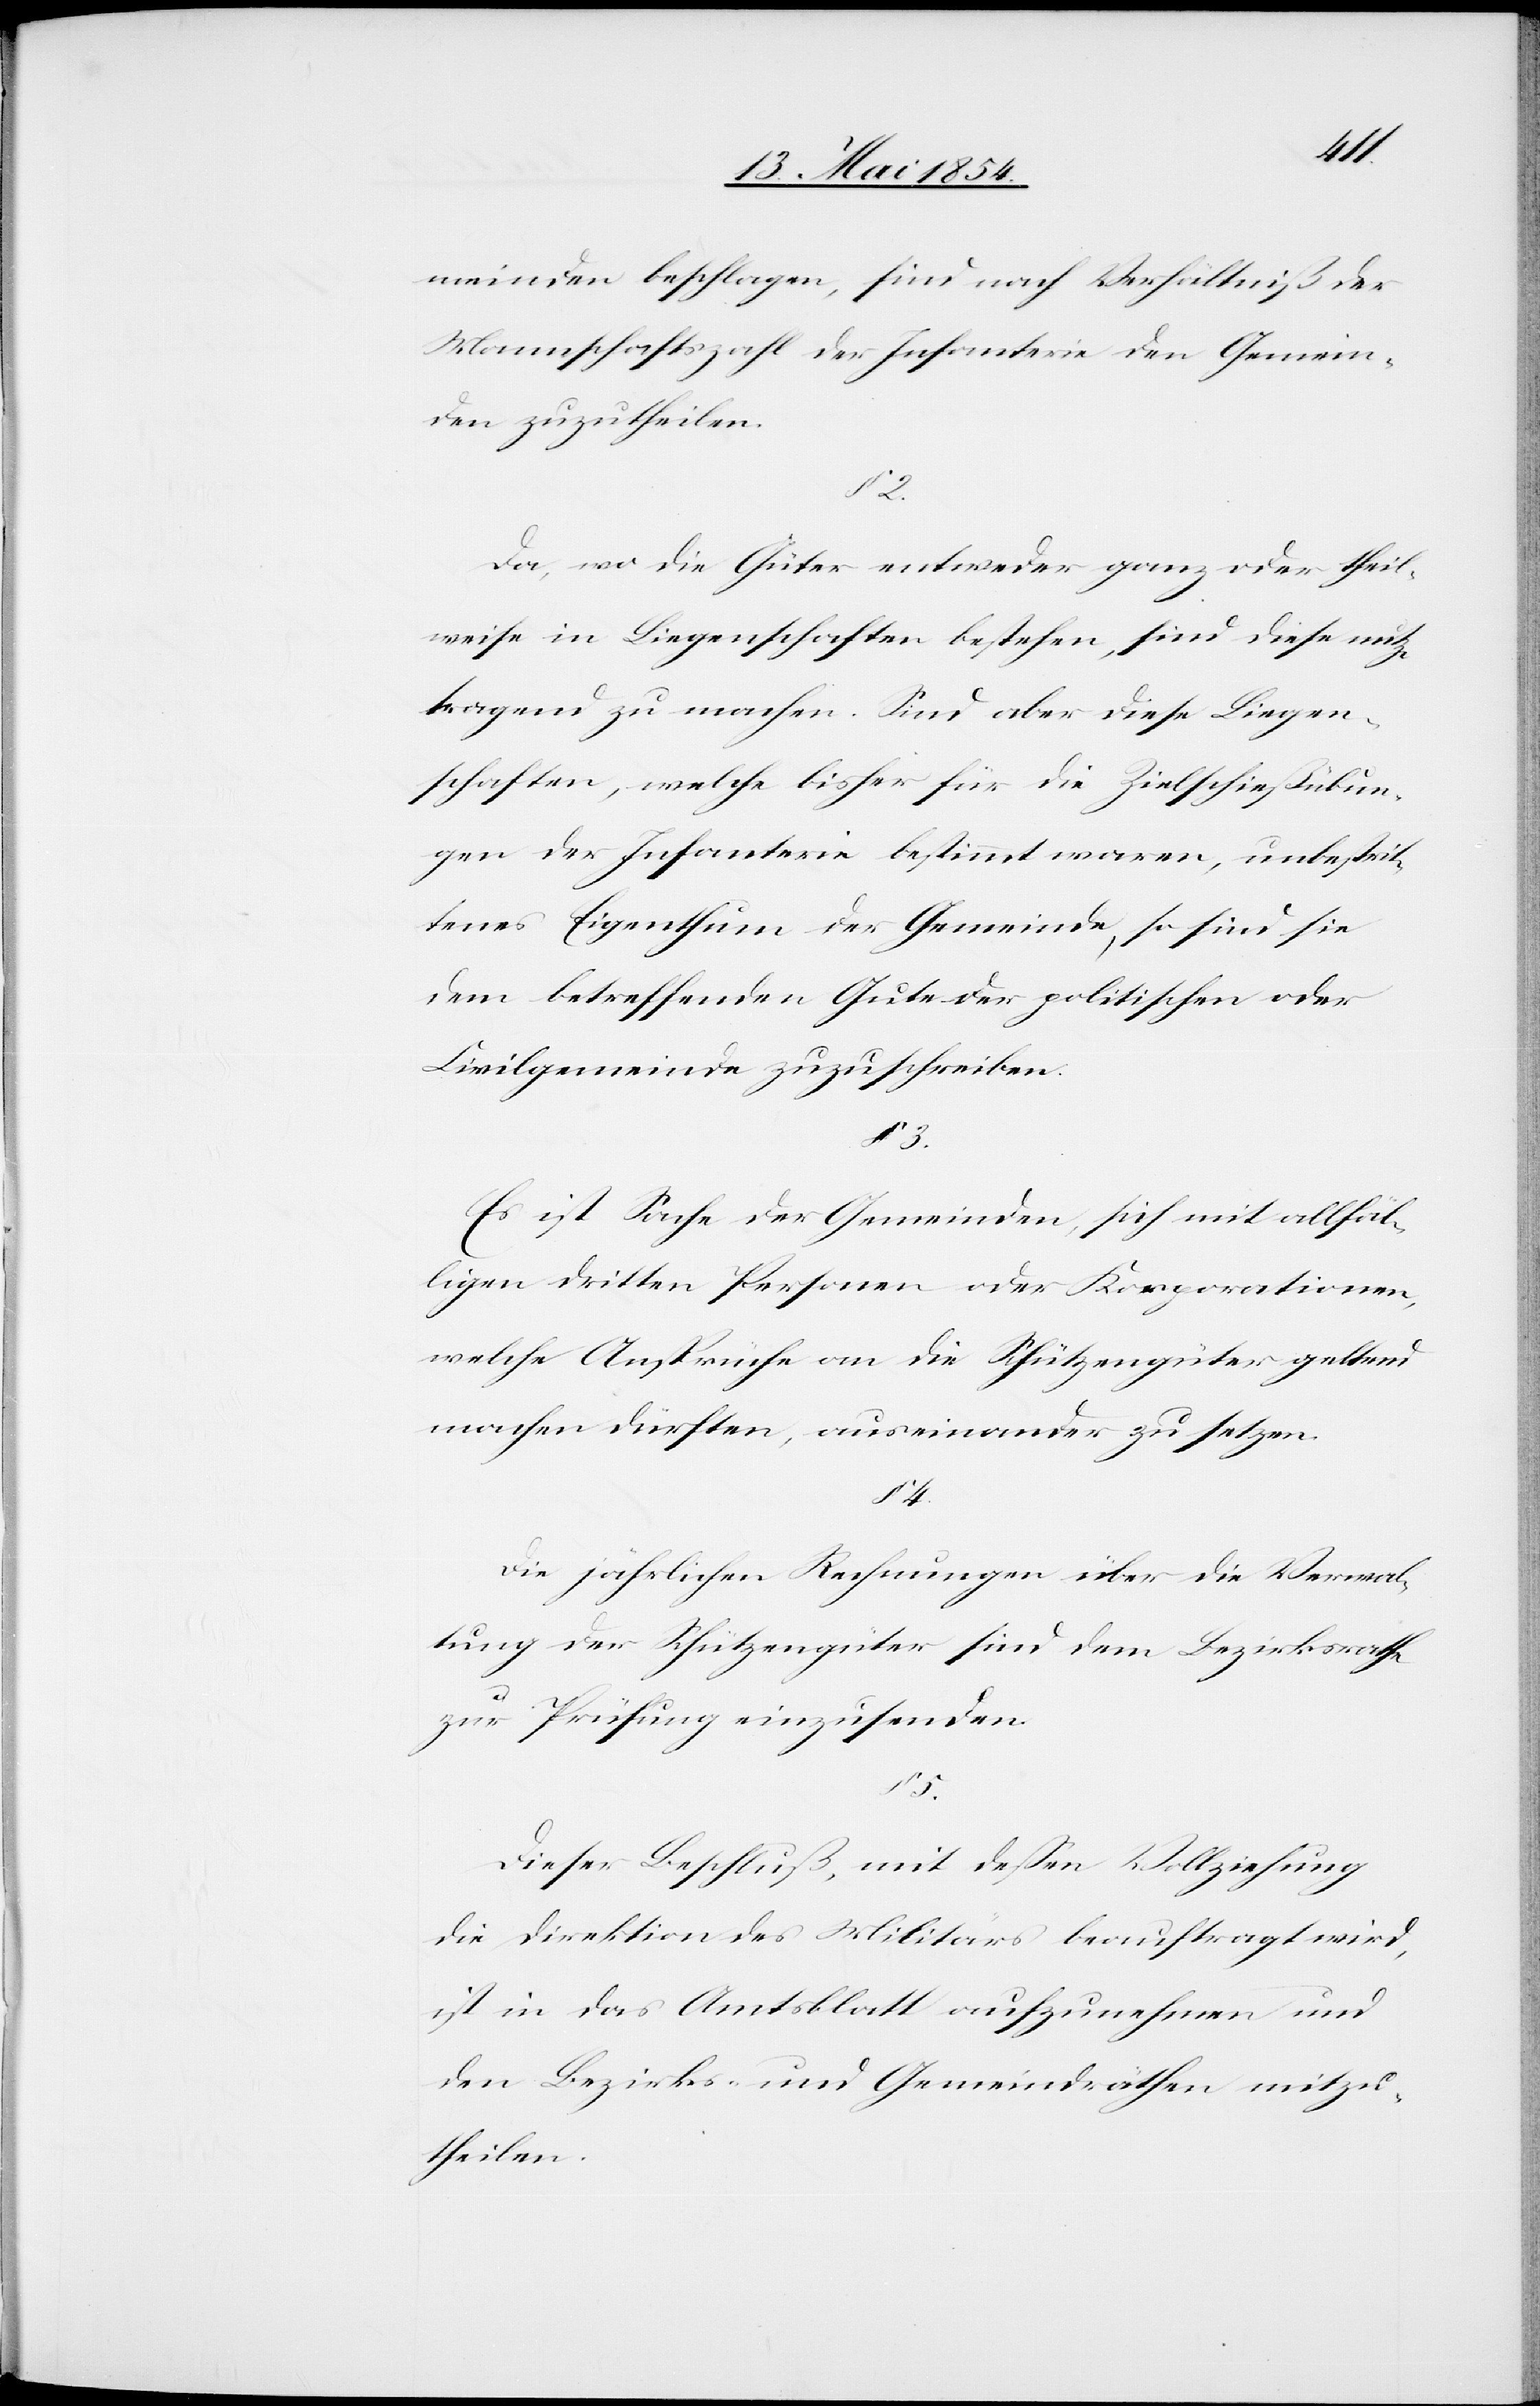
meinden beschlagen, sind nach Verhältniß der
Mannschaftszahl der Infanterie den Gemein¬
den zuzutheilen.
Da, wo die Güter entweder ganz oder theil¬
weise in Liegenschaften bestehen, sind diese nutz¬
tragend zu machen. Sind aber diese Liegen¬
schaften, welche bisher für die Zielschießübun¬
gen der Infanterie bestimmt waren, unbestrit¬
tenes Eigenthum der Gemeinde, so sind sie
dem betreffenden Gute der politischen oder
Civilgemeinde zuzuschreiben.
§ 3.
Es ist Sache der Gemeinden, sich mit allfäl¬
ligen dritten Personen oder Korporationen,
welche Ansprüche an die Schützengüter geltend
machen dürften, auseinander zu setzen.
§ 4.
Die jährlichen Rechnungen über die Verwal¬
tung der Schützengüter sind dem Bezirksrathe
zur Prüfung einzusenden.
5.
Dieser Beschluß, mit deßen Vollziehung
die Direktion des Militärs beauftragt wird,
ist in das Amtsblatt aufzunehmen und
den Bezirks- und Gemeindräthen mitzu¬
theilen.